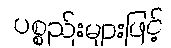
ပစ္စည်းများဖြင့်